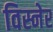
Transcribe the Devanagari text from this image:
विस्नेर